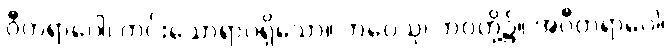
ဝီတရာဂေါ၊ ကင်းသောရာဂရှိသော။ ဘဝေသု၊ ဘဝတို့၌။ အဝီတရာဂေါ၊